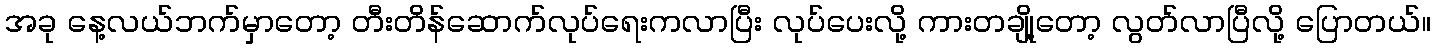
အခု နေ့လယ်ဘက်မှာတော့ တီးတိန်ဆောက်လုပ်ရေးကလာပြီး လုပ်ပေးလို့ ကားတချို့တော့ လွတ်လာပြီလို့ ပြောတယ်။